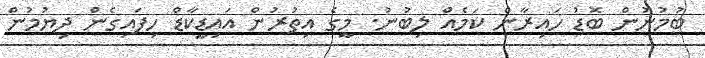
ބުމުނުން ބޮޑު ހައިރާން ކަމެއް ލިބުނު. މީގެ އިތުރުން އައިޑީކާޑް ހިފައިގެން ދިޔުމުން